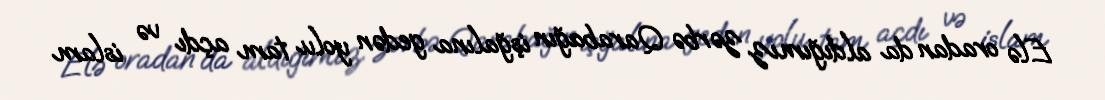
Elə oradan da aldığımız zərbə Qarabağın işğalına gedən yolu tam açdı və islam